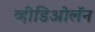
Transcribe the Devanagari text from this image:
व्हीडिओलॅन